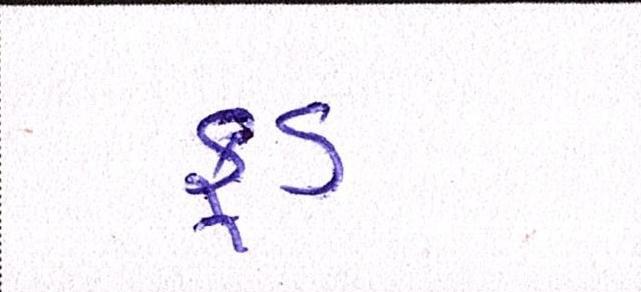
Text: ફૂડ